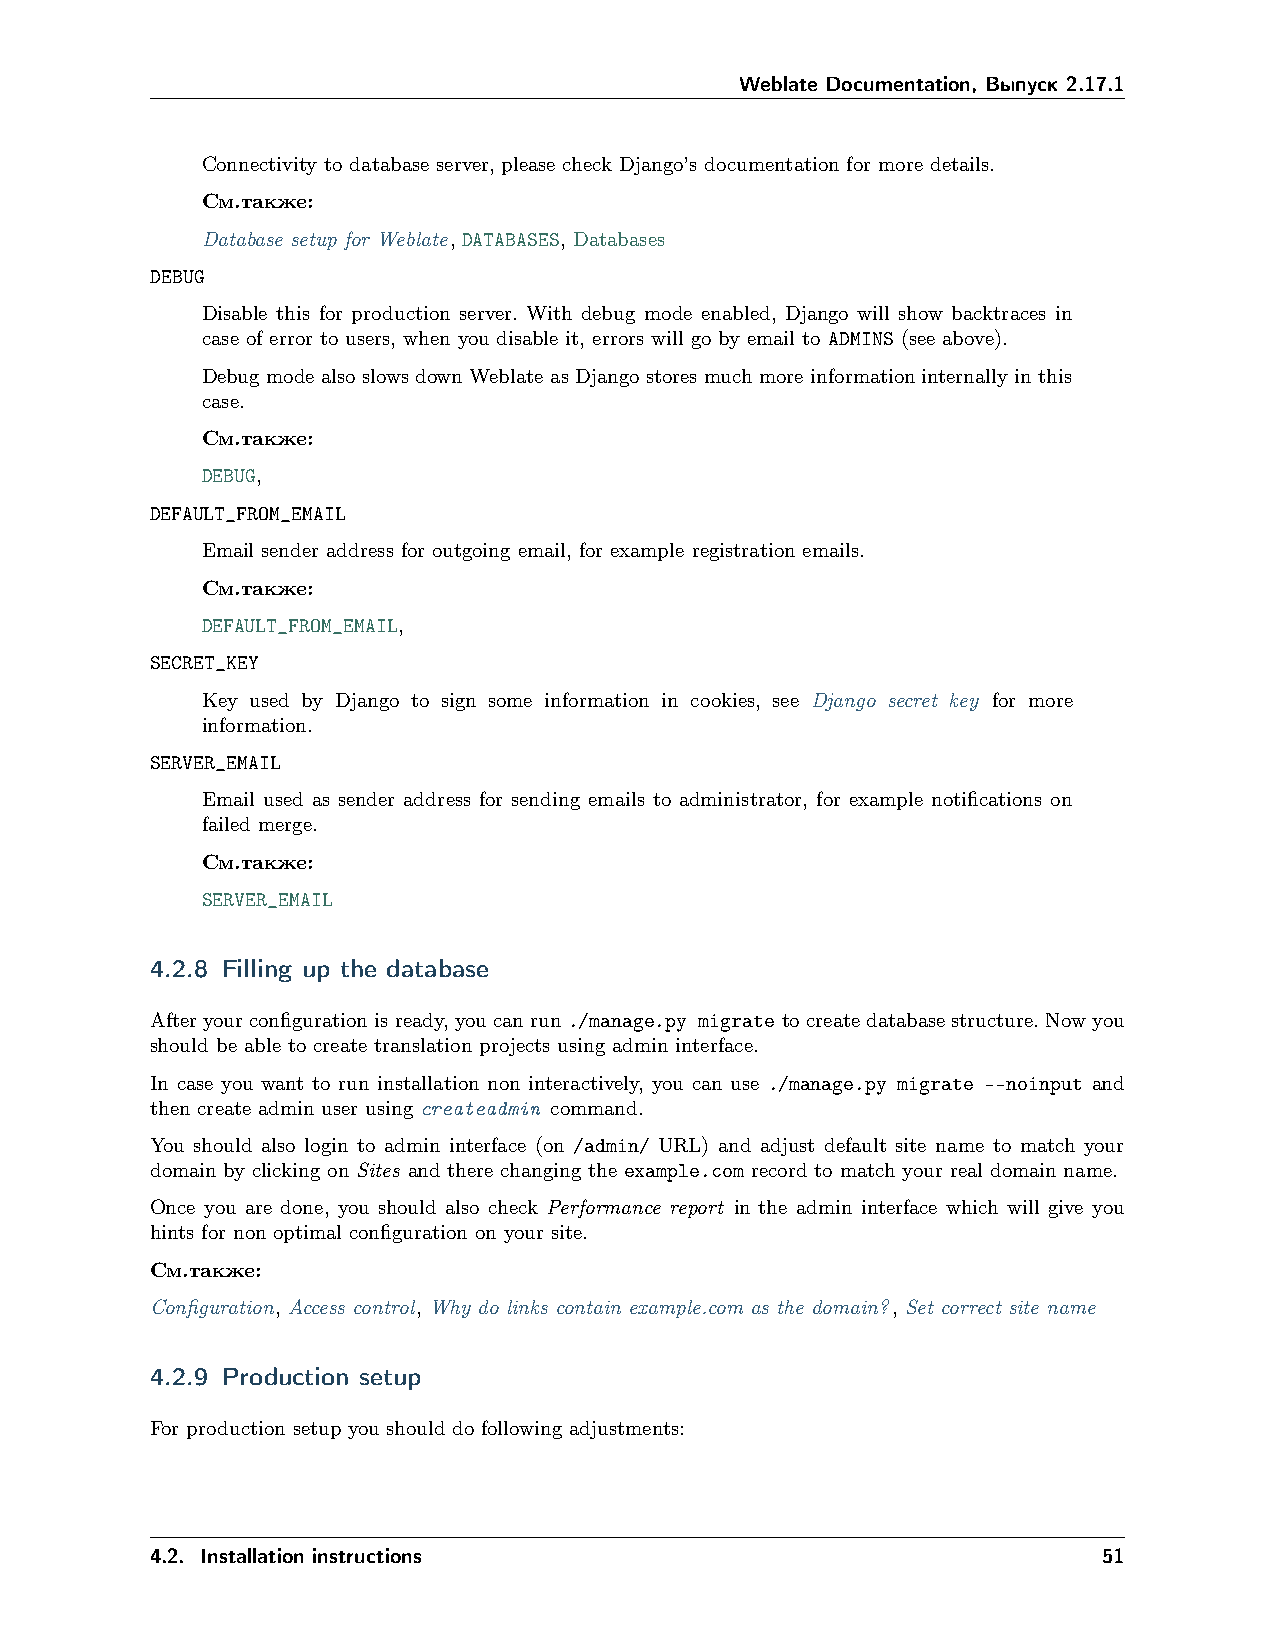
Weblate Documentation, Выпуск 2.17.1
 Connectivity to database server, please check Django’s documentation for more details.
 См.также:
 Database setup for Weblate, DATABASES, Databases
 DEBUG
 Disable this for production server. With debug mode enabled, Django will show backtraces in
 case of error to users, when you disable it, errors will go by email to ADMINS (see above).
 Debug mode also slows down Weblate as Django stores much more information internally in this
 case.
 См.также:
 DEBUG,
 DEFAULT_FROM_EMAIL
 Email sender address for outgoing email, for example registration emails.
 См.также:
 DEFAULT_FROM_EMAIL,
 SECRET_KEY
 Key used by Django to sign some information in cookies, see Django secret key for more
 information.
 SERVER_EMAIL
 Email used as sender address for sending emails to administrator, for example notifications on
 failed merge.
 См.также:
 SERVER_EMAIL
 4.2.8 Filling up the database
 Afteryourconfigurationisready,youcanrun./manage.py migratetocreatedatabasestructure.Nowyou
 should be able to create translation projects using admin interface.
 In case you want to run installation non interactively, you can use ./manage.py migrate --noinput and
 then create admin user using createadmin command.
 You should also login to admin interface (on /admin/ URL) and adjust default site name to match your
 domain by clicking on Sites and there changing the example.com record to match your real domain name.
 Once you are done, you should also check Performance report in the admin interface which will give you
 hints for non optimal configuration on your site.
 См.также:
 Configuration, Access control, Why do links contain example.com as the domain?, Set correct site name
 4.2.9 Production setup
 For production setup you should do following adjustments:
 4.2. Installation instructions                                 51